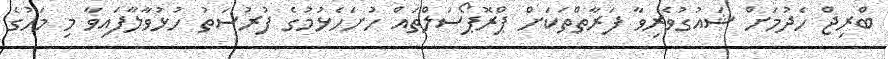
ބްރިޖް ހެދުމަށް ޝައުގުވެރިވާ ފަރާތްތަކަށް ޕްރޮޕޯސަލްތައް ހުށަހެޅުމުގެ ފުރުސަތު ހުޅުވާލާފައިވާ މި މަހުގެ